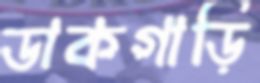
ডাকগাড়ি